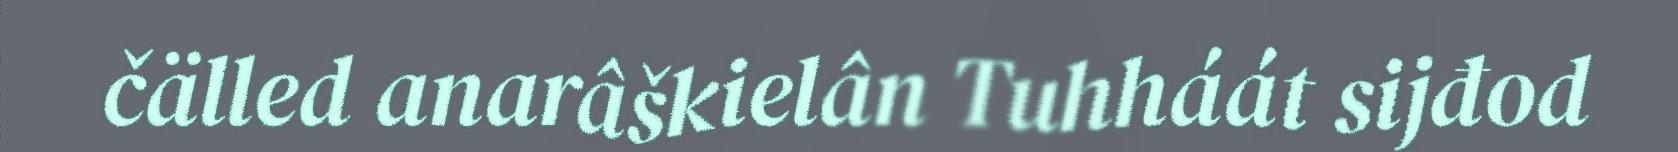
čälled anarâškielân Tuhháát sijđod